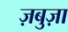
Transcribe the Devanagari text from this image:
ज़बुज़ा